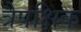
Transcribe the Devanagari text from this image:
त्रैपक्षिक